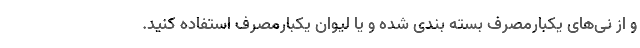
و از نی‌های یکبارمصرف بسته بندی شده و یا لیوان یکبارمصرف استفاده کنید.